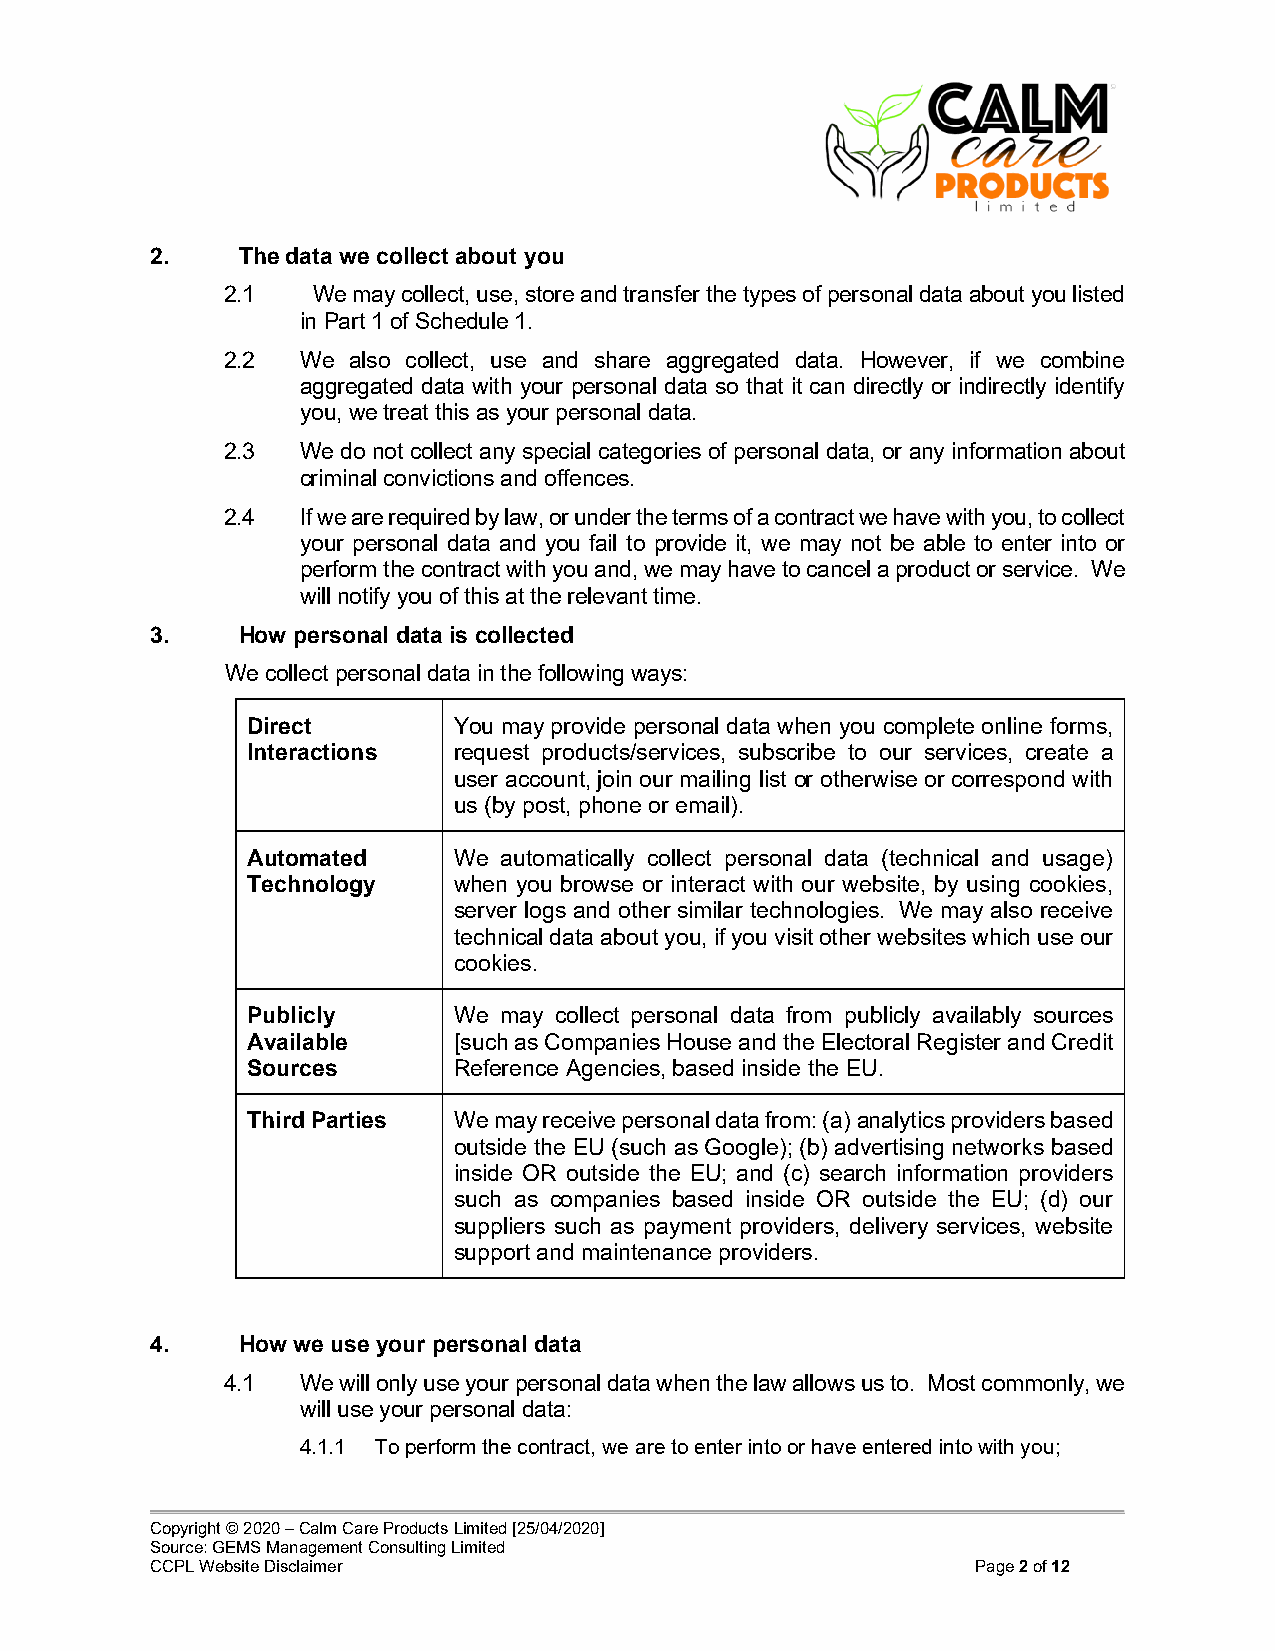
2.    The data we collect about you
 2.1   We may collect, use, store and transfer the types of personal data about you listed
 in Part 1 of Schedule 1.
 2.2  We also collect, use and share aggregated data. However, if we combine
 aggregated data with your personal data so that it can directly or indirectly identify
 you, we treat this as your personal data.
 2.3  We do not collect any special categories of personal data, or any information about
 criminal convictions and offences.
 2.4  If we are required by law, or under the terms of a contract we have with you, to collect
 your personal data and you fail to provide it, we may not be able to enter into or
 perform the contract with you and, we may have to cancel a product or service. We
 will notify you of this at the relevant time.
 3.    How personal data is collected
 We collect personal data in the following ways:
 Direct        You may provide personal data when you complete online forms,
 Interactions  request products/services, subscribe to our services, create a
 user account, join our mailing list or otherwise or correspond with
 us (by post, phone or email).
 Automated     We automatically collect personal data (technical and usage)
 Technology    when you browse or interact with our website, by using cookies,
 server logs and other similar technologies. We may also receive
 technical data about you, if you visit other websites which use our
 cookies.
 Publicly      We may collect personal data from publicly availably sources
 Available     [such as Companies House and the Electoral Register and Credit
 Sources       Reference Agencies, based inside the EU.
 Third Parties We may receive personal data from: (a) analytics providers based
 outside the EU (such as Google); (b) advertising networks based
 inside OR outside the EU; and (c) search information providers
 such as companies based inside OR outside the EU; (d) our
 suppliers such as payment providers, delivery services, website
 support and maintenance providers.
 4.    How we use your personal data
 4.1  We will only use your personal data when the law allows us to. Most commonly, we
 will use your personal data:
 4.1.1 To perform the contract, we are to enter into or have entered into with you;
 Copyright © 2020 – Calm Care Products Limited [25/04/2020]
 Source: GEMS Management Consulting Limited
 CCPL Website Disclaimer                                Page 2 of 12